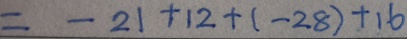
= - 2 1 + 1 2 + ( - 2 8 ) + 1 6